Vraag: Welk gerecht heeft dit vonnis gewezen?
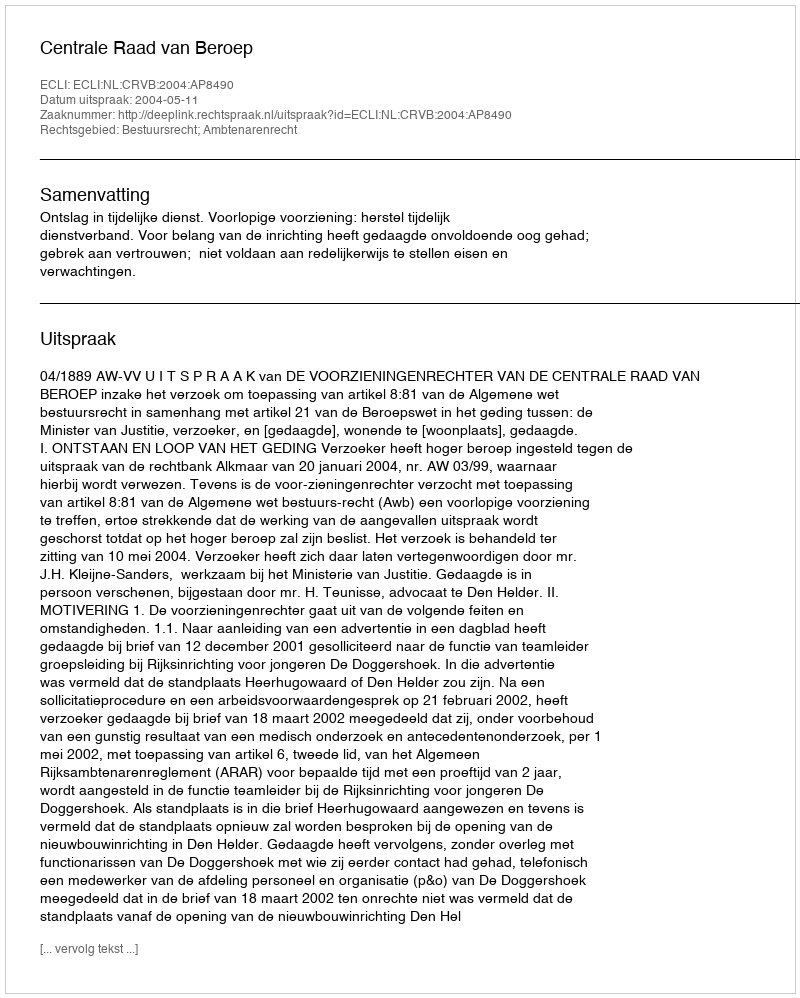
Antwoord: Centrale Raad van Beroep